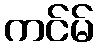
ကင်မ်